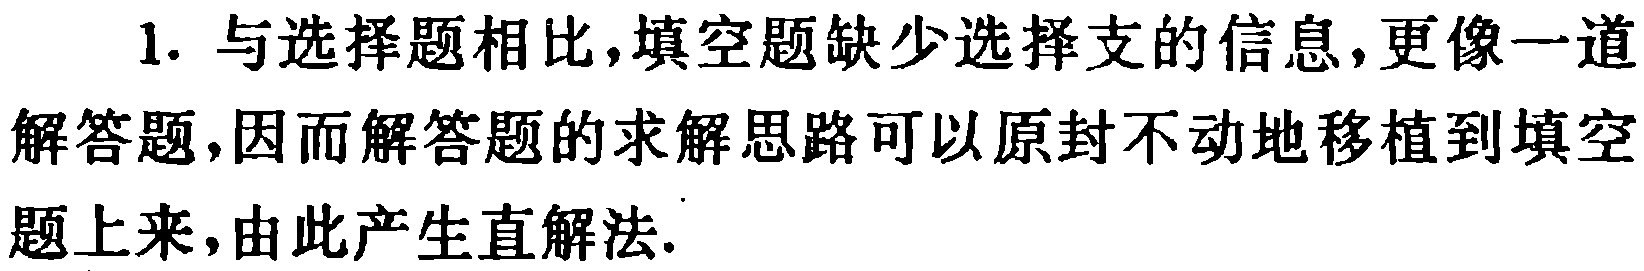
1. 与选择题相比，填空题缺少选择支的信息，更像一道解答题，因而解答题的求解思路可以原封不动地移植到填空题上来，由此产生直解法.